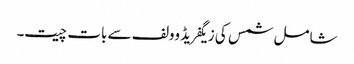
شامل شمس کی زیگفریڈ وولف سے بات چیت۔